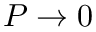
P \rightarrow 0